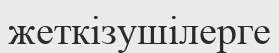
жеткізушілерге